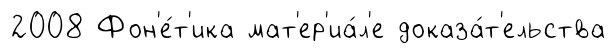
2008 Фон'е́т'ика мат'ер'иа́л'е доказа́т'ельства